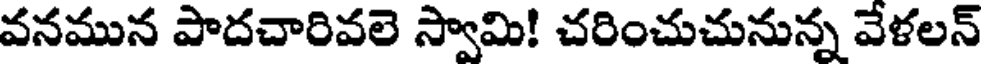
వనమున పాదచారివలె స్వామి! చరించుచునున్న వేళలన్